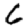
Digit: 6